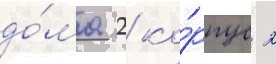
до́ма 2 ко́рпус 2